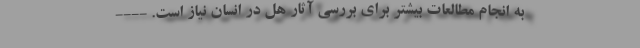
به انجام مطالعات بیشتر برای بررسی آثار هل در انسان نیاز است. ----